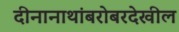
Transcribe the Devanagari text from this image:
दीनानाथांबरोबरदेखील